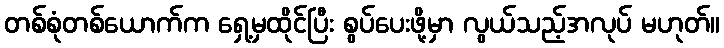
တစ်စုံတစ်ယောက်က ရှေ့မှထိုင်ပြီး စွပ်ပေးဖို့မှာ လွယ်သည့်အလုပ် မဟုတ်။